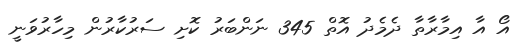
އޯ އާ އިމާރާތާ ދެމެދު އޮތް 345 ނަންބަރު ކޮށި ސަރުކާރުން މިހާރުވަނީ